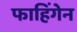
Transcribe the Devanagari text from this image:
फाहिंगेन